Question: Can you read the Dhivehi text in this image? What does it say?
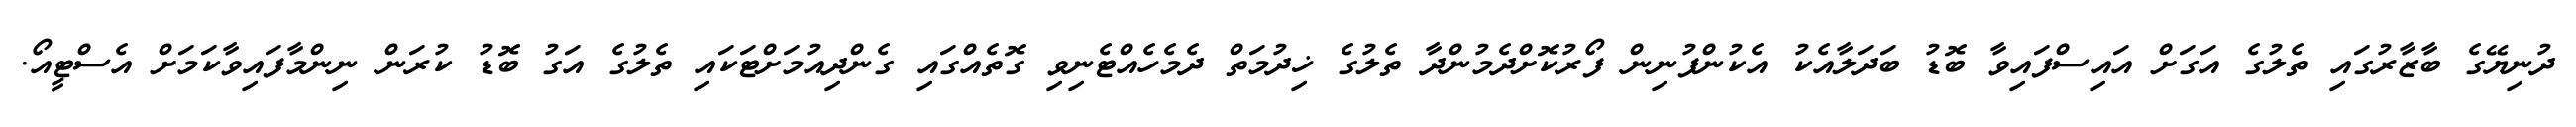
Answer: ދުނިޔޭގެ ބާޒާރުގައި ތެލުގެ އަގަށް އައިސްފައިވާ ބޮޑު ބަދަލާއެކު އެކުންފުނިން ފޯރުކޮށްދެމުންދާ ތެލުގެ ޚިދުމަތް ދެމެހެއްޓެނިވި ގޮތެއްގައި ގެންދިއުމަށްޓަކައި ތެލުގެ އަގު ބޮޑު ކުރަން ނިންމާފައިވާކަމަށް އެސްޓީއޯ.